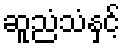
ဆူညံသံနှင့်